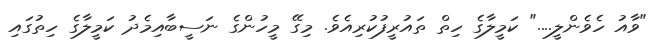
"ވާއު ހެވެންލީ...." ކަމީލާގެ ހިތް ތައުރީފުކުރިއެވެ. މިގޭ މީހުންގެ ނަސީބާއިމެދު ކަމީލާގެ ހިތުގައި